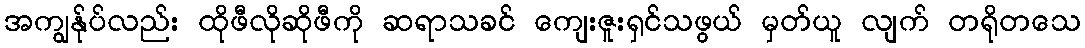
အကျွန်ုပ်လည်း ထိုဖီလိုဆိုဖီကို ဆရာသခင် ကျေးဇူးရှင်သဖွယ် မှတ်ယူ လျက် တရိုတသေ